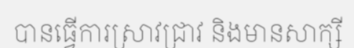
បានធ្វើការស្រាវជ្រាវ និងមានសាក្សី